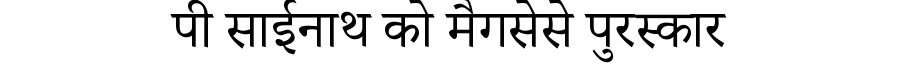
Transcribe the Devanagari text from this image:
पी साईनाथ को मैगसेसे पुरस्कार